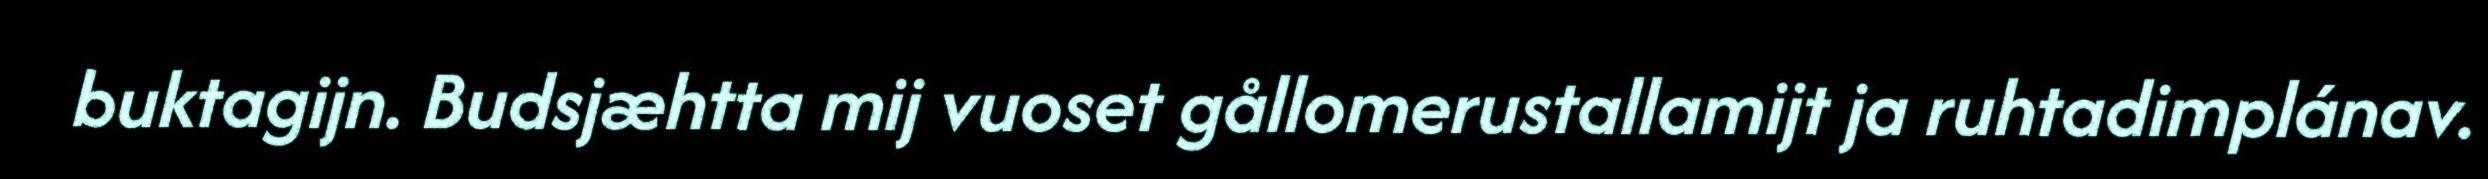
buktagijn. Budsjæhtta mij vuoset gållomerustallamijt ja ruhtadimplánav.